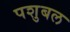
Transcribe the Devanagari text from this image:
पशुबल